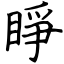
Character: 睜